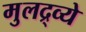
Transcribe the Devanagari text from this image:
मुलद्र्व्ये